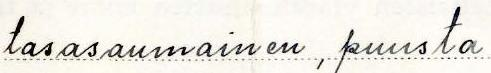
tasasaumainen, puusta